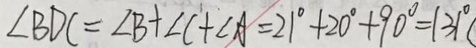
\angle B D C = \angle B + \angle C + \angle A = 2 1 ^ { \circ } + 2 0 ^ { \circ } + 9 0 ^ { \circ } = 1 3 1 ^ { \circ }